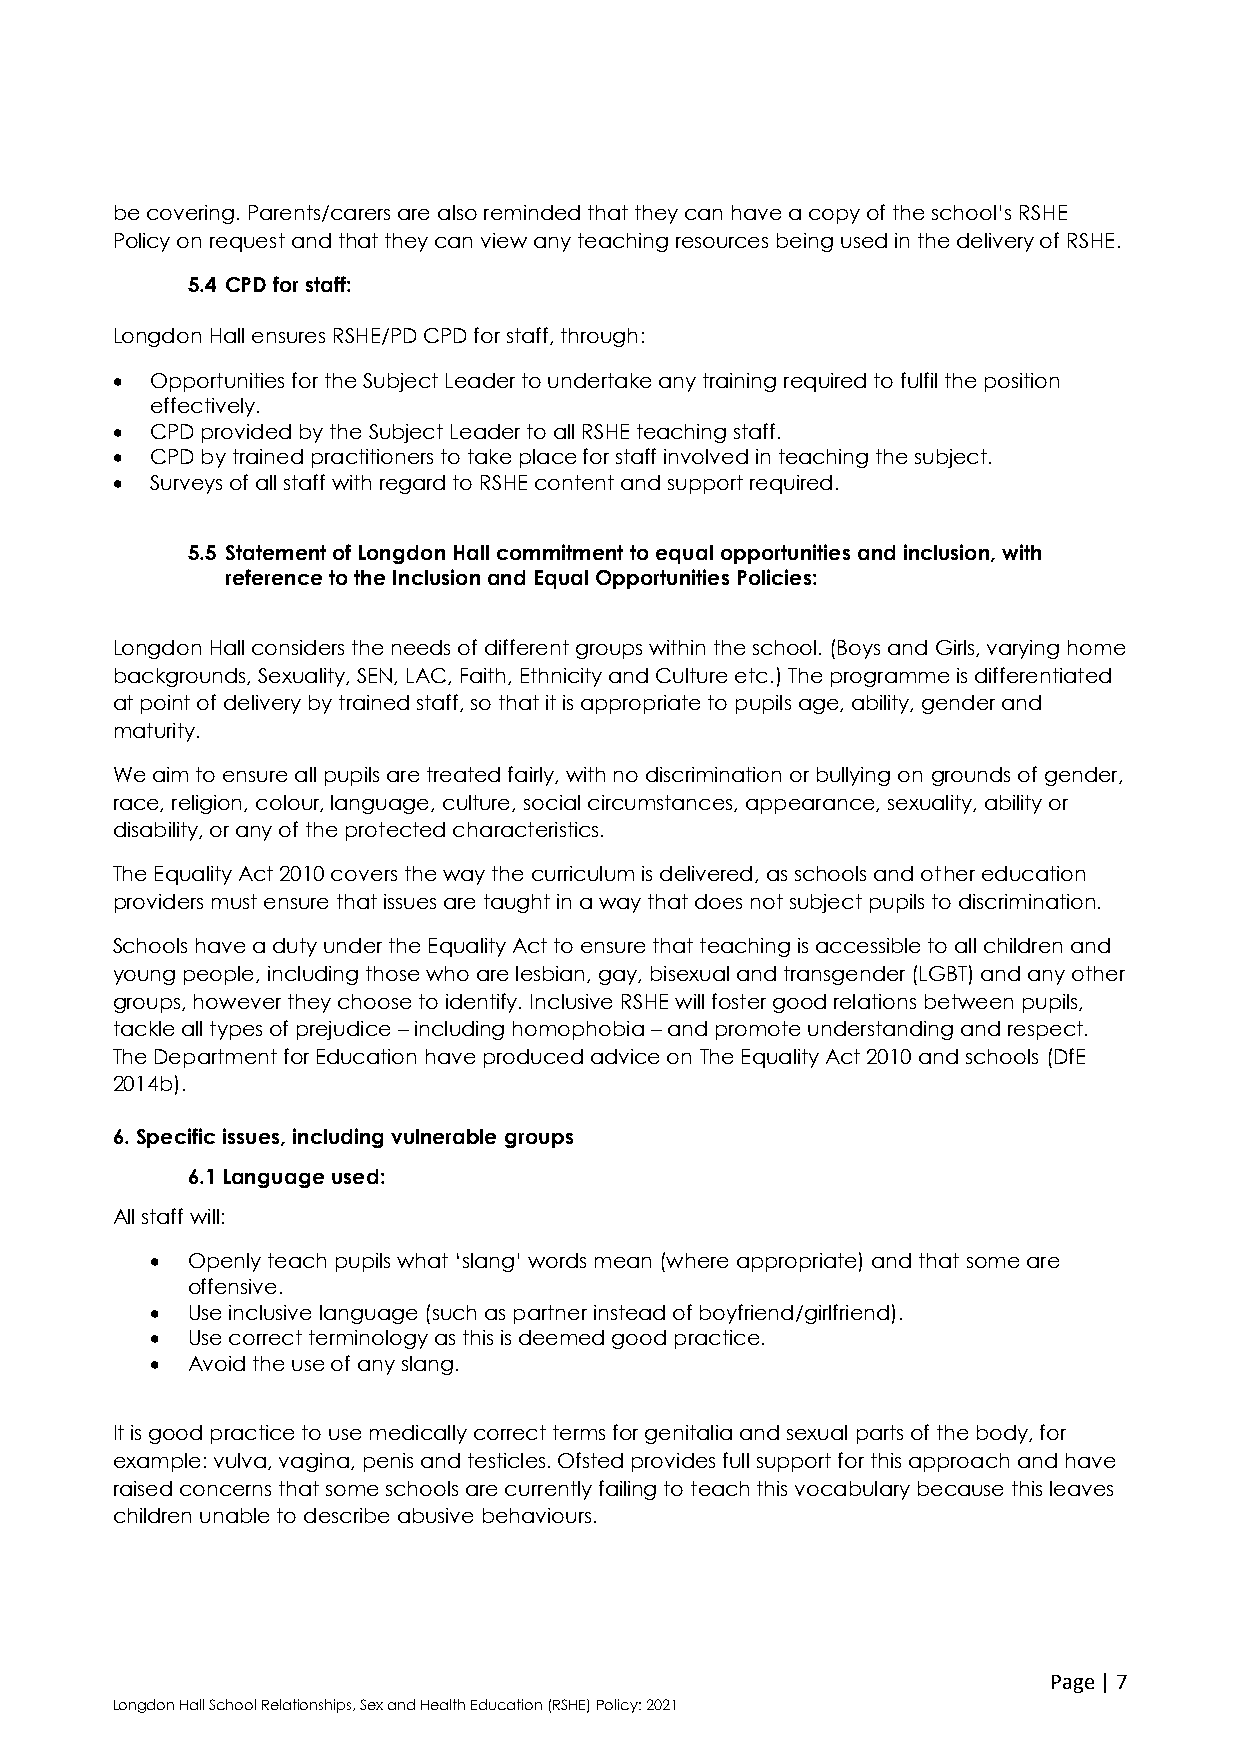
be covering. Parents/carers are also reminded that they can have a copy of the school’s RSHE
 Policy on request and that they can view any teaching resources being used in the delivery of RSHE.
 5.4 CPD for staff:
 Longdon Hall ensures RSHE/PD CPD for staff, through:
   Opportunities for the Subject Leader to undertake any training required to fulfil the position
 effectively.
   CPD provided by the Subject Leader to all RSHE teaching staff.
   CPD by trained practitioners to take place for staff involved in teaching the subject.
   Surveys of all staff with regard to RSHE content and support required.
 5.5 Statement of Longdon Hall commitment to equal opportunities and inclusion, with
 reference to the Inclusion and Equal Opportunities Policies:
 Longdon Hall considers the needs of different groups within the school. (Boys and Girls, varying home
 backgrounds, Sexuality, SEN, LAC, Faith, Ethnicity and Culture etc.) The programme is differentiated
 at point of delivery by trained staff, so that it is appropriate to pupils age, ability, gender and
 maturity.
 We aim to ensure all pupils are treated fairly, with no discrimination or bullying on grounds of gender,
 race, religion, colour, language, culture, social circumstances, appearance, sexuality, ability or
 disability, or any of the protected characteristics.
 The Equality Act 2010 covers the way the curriculum is delivered, as schools and other education
 providers must ensure that issues are taught in a way that does not subject pupils to discrimination.
 Schools have a duty under the Equality Act to ensure that teaching is accessible to all children and
 young people, including those who are lesbian, gay, bisexual and transgender (LGBT) and any other
 groups, however they choose to identify. Inclusive RSHE will foster good relations between pupils,
 tackle all types of prejudice – including homophobia – and promote understanding and respect.
 The Department for Education have produced advice on The Equality Act 2010 and schools (DfE
 2014b).
 6. Specific issues, including vulnerable groups
 6.1 Language used:
 All staff will:
  Openly teach pupils what ‘slang’ words mean (where appropriate) and that some are
 offensive.
  Use inclusive language (such as partner instead of boyfriend/girlfriend).
  Use correct terminology as this is deemed good practice.
  Avoid the use of any slang.
 It is good practice to use medically correct terms for genitalia and sexual parts of the body, for
 example: vulva, vagina, penis and testicles. Ofsted provides full support for this approach and have
 raised concerns that some schools are currently failing to teach this vocabulary because this leaves
 children unable to describe abusive behaviours.
 Page | 7
 Longdon Hall School Relationships, Sex and Health Education (RSHE) Policy: 2021